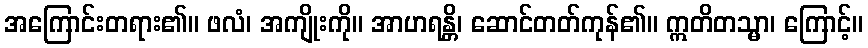
အကြောင်းတရား၏။ ဖလံ၊ အကျိုးကို။ အာဟရန္တိ၊ ဆောင်တတ်ကုန်၏။ ဣတိတသ္မာ၊ ကြောင့်။